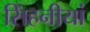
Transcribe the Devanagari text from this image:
सिंहनीयां